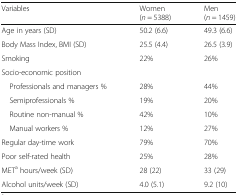
<table><thead><tr><td><b>Variables</b></td><td><b>Women (<i>n</i> = 5388)</b></td><td><b>Men (<i>n</i> = 1459)</b></td></tr></thead><tbody><tr><td>Age in years (SD)</td><td>50.2 (6.6)</td><td>49.3 (6.6)</td></tr><tr><td>Body Mass Index, BMI (SD)</td><td>25.5 (4.4)</td><td>26.5 (3.9)</td></tr><tr><td>Smoking</td><td>22%</td><td>26%</td></tr><tr><td colspan="3">Socio-economic position</td></tr><tr><td> Professionals and managers %</td><td>28%</td><td>44%</td></tr><tr><td> Semiprofessionals %</td><td>19%</td><td>20%</td></tr><tr><td> Routine non-manual %</td><td>42%</td><td>10%</td></tr><tr><td> Manual workers %</td><td>12%</td><td>27%</td></tr><tr><td>Regular day-time work</td><td>79%</td><td>70%</td></tr><tr><td>Poor self-rated health</td><td>25%</td><td>28%</td></tr><tr><td>MET<sup>a</sup> hours/week (SD)</td><td>28 (22)</td><td>33 (29)</td></tr><tr><td>Alcohol units/week (SD)</td><td>4.0 (5.1)</td><td>9.2 (10)</td></tr></tbody></table>